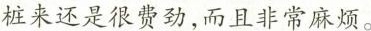
桩来还是很费劲，而且非常麻烦。